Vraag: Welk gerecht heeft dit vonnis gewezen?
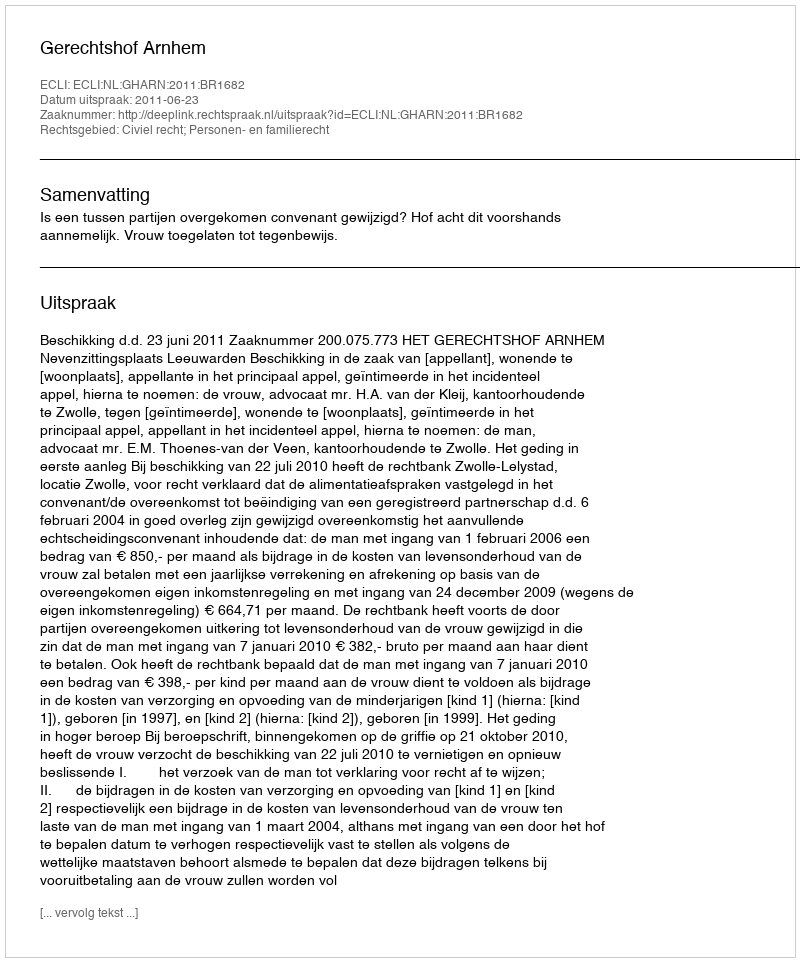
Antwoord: Gerechtshof Arnhem